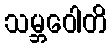
သမ္ဘဝေါတိ